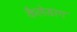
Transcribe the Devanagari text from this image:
कैलेडान